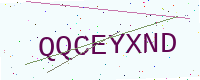
Text: QQCEYXND